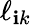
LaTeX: \ell_{\mathbf{i}k}